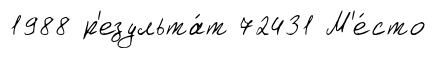
1988 р'езульта́т 72431 М'е́сто